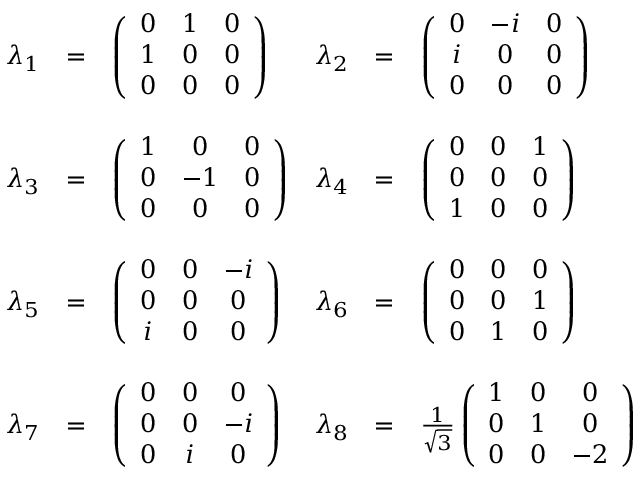
\begin{array} { r c l r c l } { { \lambda _ { 1 } } } & { { = } } & { { \left( \begin{array} { c c c } { { 0 } } & { { 1 } } & { { 0 } } \\ { { 1 } } & { { 0 } } & { { 0 } } \\ { { 0 } } & { { 0 } } & { { 0 } } \end{array} \right) } } & { { \lambda _ { 2 } } } & { { = } } & { { \left( \begin{array} { c c c } { { 0 } } & { { - i } } & { { 0 } } \\ { { i } } & { { 0 } } & { { 0 } } \\ { { 0 } } & { { 0 } } & { { 0 } } \end{array} \right) } } \\ { { } } & { { } } & { { } } & { { } } & { { } } & { { } } \\ { { \lambda _ { 3 } } } & { { = } } & { { \left( \begin{array} { c c c } { { 1 } } & { { 0 } } & { { 0 } } \\ { { 0 } } & { { - 1 } } & { { 0 } } \\ { { 0 } } & { { 0 } } & { { 0 } } \end{array} \right) } } & { { \lambda _ { 4 } } } & { { = } } & { { \left( \begin{array} { c c c } { { 0 } } & { { 0 } } & { { 1 } } \\ { { 0 } } & { { 0 } } & { { 0 } } \\ { { 1 } } & { { 0 } } & { { 0 } } \end{array} \right) } } \\ { { } } & { { } } & { { } } & { { } } & { { } } & { { } } \\ { { \lambda _ { 5 } } } & { { = } } & { { \left( \begin{array} { c c c } { { 0 } } & { { 0 } } & { { - i } } \\ { { 0 } } & { { 0 } } & { { 0 } } \\ { { i } } & { { 0 } } & { { 0 } } \end{array} \right) } } & { { \lambda _ { 6 } } } & { { = } } & { { \left( \begin{array} { c c c } { { 0 } } & { { 0 } } & { { 0 } } \\ { { 0 } } & { { 0 } } & { { 1 } } \\ { { 0 } } & { { 1 } } & { { 0 } } \end{array} \right) } } \\ { { } } & { { } } & { { } } & { { } } & { { } } & { { } } \\ { { \lambda _ { 7 } } } & { { = } } & { { \left( \begin{array} { c c c } { { 0 } } & { { 0 } } & { { 0 } } \\ { { 0 } } & { { 0 } } & { { - i } } \\ { { 0 } } & { { i } } & { { 0 } } \end{array} \right) } } & { { \lambda _ { 8 } } } & { { = } } & { { \frac { 1 } { \sqrt { 3 } } \left( \begin{array} { c c c } { { 1 } } & { { 0 } } & { { 0 } } \\ { { 0 } } & { { 1 } } & { { 0 } } \\ { { 0 } } & { { 0 } } & { { - 2 } } \end{array} \right) } } \end{array}